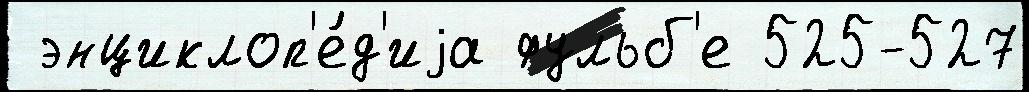
 энциклоп'е́д'иjа фульб'е 525-527